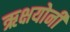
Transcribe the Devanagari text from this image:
ऋक्षयोनी